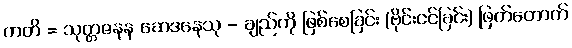
ကတိ = သုတ္တဇနန ဆေဒနေသု - ချည်ကို ဖြစ်စေခြင်း (ဗိုင်းငင်ခြင်း) ဖြတ်တောက်